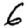
Digit: 6